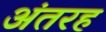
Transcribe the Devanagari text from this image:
अंतरह